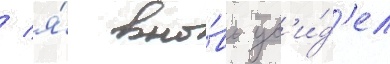
/ я́ вно́вь ув'и́д'ел